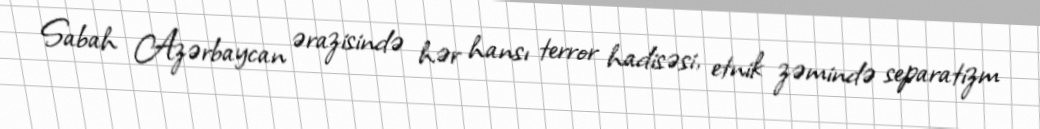
Sabah Azərbaycan ərazisində hər hansı terror hadisəsi, etnik zəmində separatizm